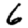
Digit: 6